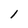
Character: I